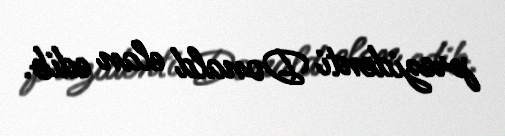
prezidenti Donald elan edib.